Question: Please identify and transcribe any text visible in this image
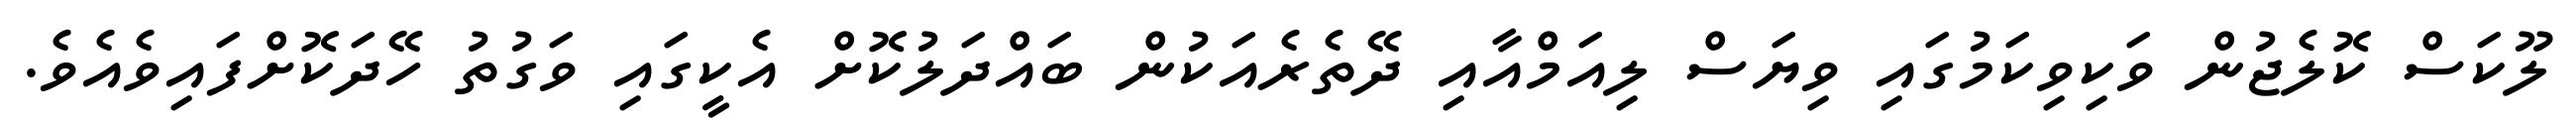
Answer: ލޫކަސް ކޮލެޖުން ވަކިވިކަމުގައި ވިޔަސް ލިއަމްއާއި ދޭތެރެއަކުން ބައްދަލުކޮށް އެކީގައި ވަގުތު ހޭދަކޮށްފައިވެއެވެ.